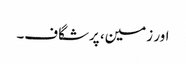
اور زمین، پرشگاف۔